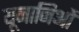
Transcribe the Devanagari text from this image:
यूनानिओं